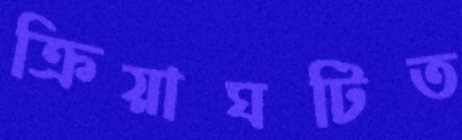
ক্রিয়াঘটিত